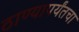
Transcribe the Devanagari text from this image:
ठाण्यापर्यंतचा